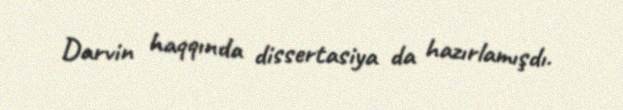
Darvin haqqında dissertasiya da hazırlamışdı.